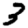
Digit: 3